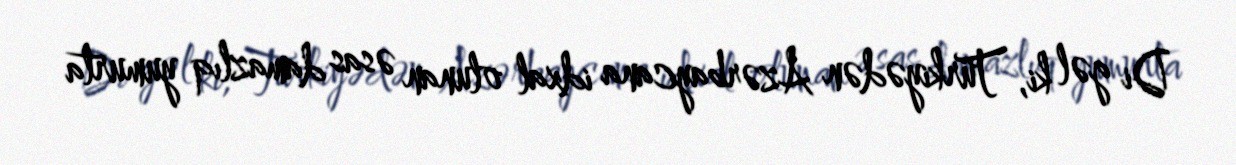
Di gəl ki, Türkiyədən Azərbaycana idxal olunan əsas damazlıq yumurta